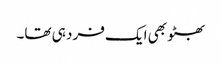
بھٹو بھی ایک فرد ہی تھا۔